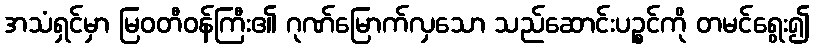
အသံရှင်မှာ မြဝတီဝန်ကြီး၏ ဂုဏ်မြောက်လှသော သည်ဆောင်းပဉ္စင်ကို တမင်ရွေး၍